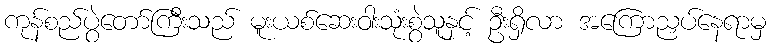
ကုန်စည်ပွဲတော်ကြီးသည် မူးယစ်ဆေးဝါးသုံးစွဲသူနှင့် ဦးရှိလာ အကြောညှပ်နေရာမှ